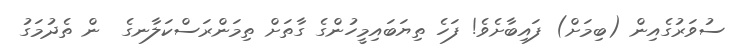
ސުވަރުގެއިން (ބިމަށް) ފައިބާށެވެ! ފަހެ ތިޔަބައިމީހުންގެ ގާތަށް ތިމަންރަސްކަލާނގެ  ން ތެދުމަގު